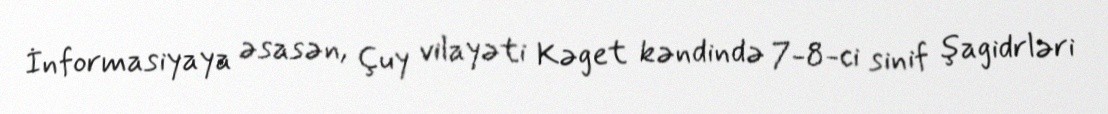
İnformasiyaya əsasən, Çuy vilayəti Kəget kəndində 7-8-ci sinif şagidrləri